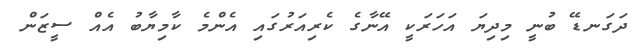
ދަގަނޑޭ ބުނީ މިދިޔަ އަހަރަކީ އޭނާގެ ކެރިއަރުގައި އެންމެ ކާމިޔާބު އެއް ސީޒަން